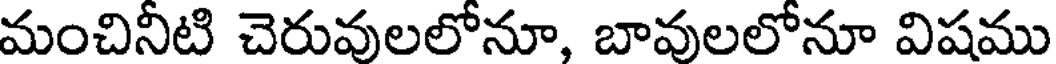
మంచినీటి చెరువులలోనూ, బావులలోనూ విషము